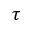
\tau